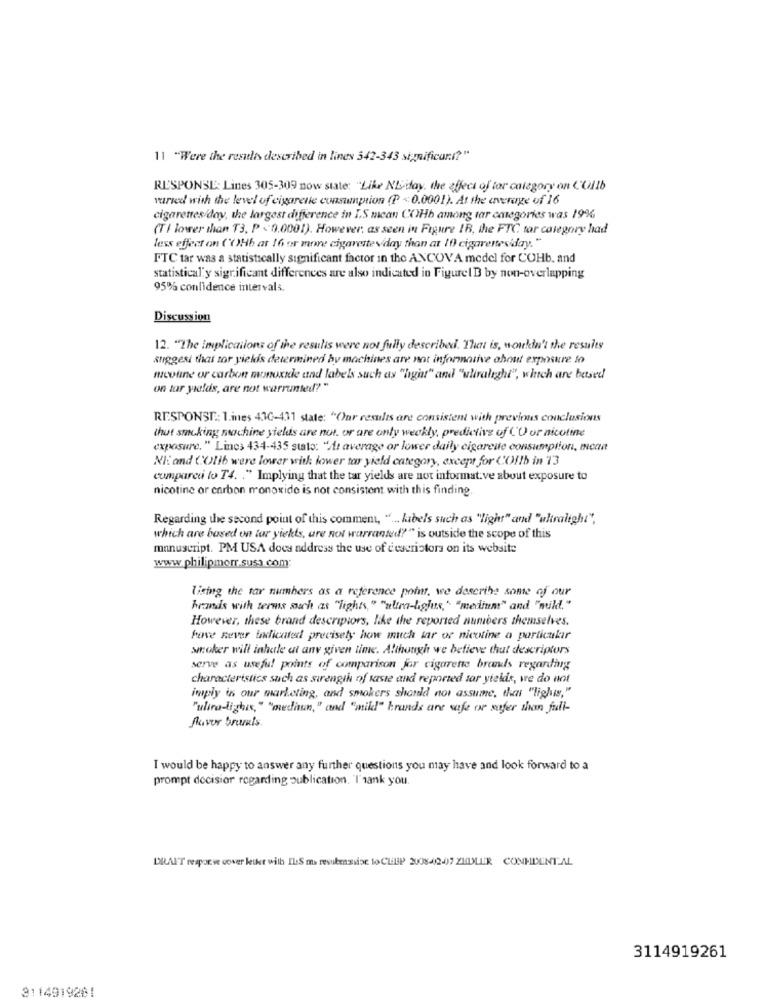
11 "Were the results described in lines 542-343 significant?"
RESPONSE: Lines 305-309 now state: "Like NL-day, the effect of tar category on C'Oilb
varied with the level of cigarette consumption (P <0.0001). At the average of 16
cigarettes/day, the largest difference in I.S mean COHb among tar categories was 19%
(TI lower than T3, P < 0,0001). However, as seen in Figure 1B, the FTC tar category had
less effect on ('(Hb at 16 or more cigaretteviday than at 10 cigarettesiday. "
FTC tar was a statistically significant factor in the ANCOVA medel for COHb. and
statistical'y significant differences are also indicated in Figure1B by non-overlapping
95% confidence intervals.
Discussion
12. "The implications of the results were not fully described. That is, wouldn't the results
stiggesi that tor yields determined by machines are not informative about exposure to
nicotine or carbon monoxide and labels such as "hight" and "uliralight", which are based
on tar yields, are not warrunted? "
RESPONSE: 1.ines 43G-431 state; "Our results are consistent with previous conclusions
thut smoking machine yields are not. or are only weekly, predictive of ('O or nicotine
exposure, " Lines 434-435 stato: "At average or lower daily cigarette consumption, mean
NE and ('Olib were lower with lower tor yield category, except for COIlb in 13
compared to T4. . " Implying that the tar yields are not informat.ve about exposure to
nicotine or carbon monoxide is not consistent with this finding.
Regarding the second point of this comment, " ... kabels such as "light" and "ultraligh!",
which are based on tar yielts, are not warranted?" is outside the scope of this
manuscript. PM USA does address the use of descriptors on its website
www.philipmorr.susa.com:
Tising the tar numbers as a reference point, we describe some of our
brands with terms such as "lights," "ultra-Ligjus," "medium" and "muld."
However, these brand descriptors, like the reported numbers themselves.
have never tadicated precisely how much tar or nicotine a particular
wroker will inhale at any given time. Although we believe that descriptors
serve as useful points of comparison for cigarette brands regarding
characteristics such as strength of taste and reported sar yields, we do not
imply in our marketing, and smokers should not assume, that "lights,"
"ulira-lighis," "medaun," and "mild" brands are safe or safer than full-
flavor bruits
I would be happy to answer any further questions you may have and look forward to a
prompt decision regarding publication. 'I'sank you.
DRAIT neapoeve cower letkt with ILS ma resubeassise to CLEP 2008-2-07 ZEDLER CONHDENTAL
3114919261
3114919261